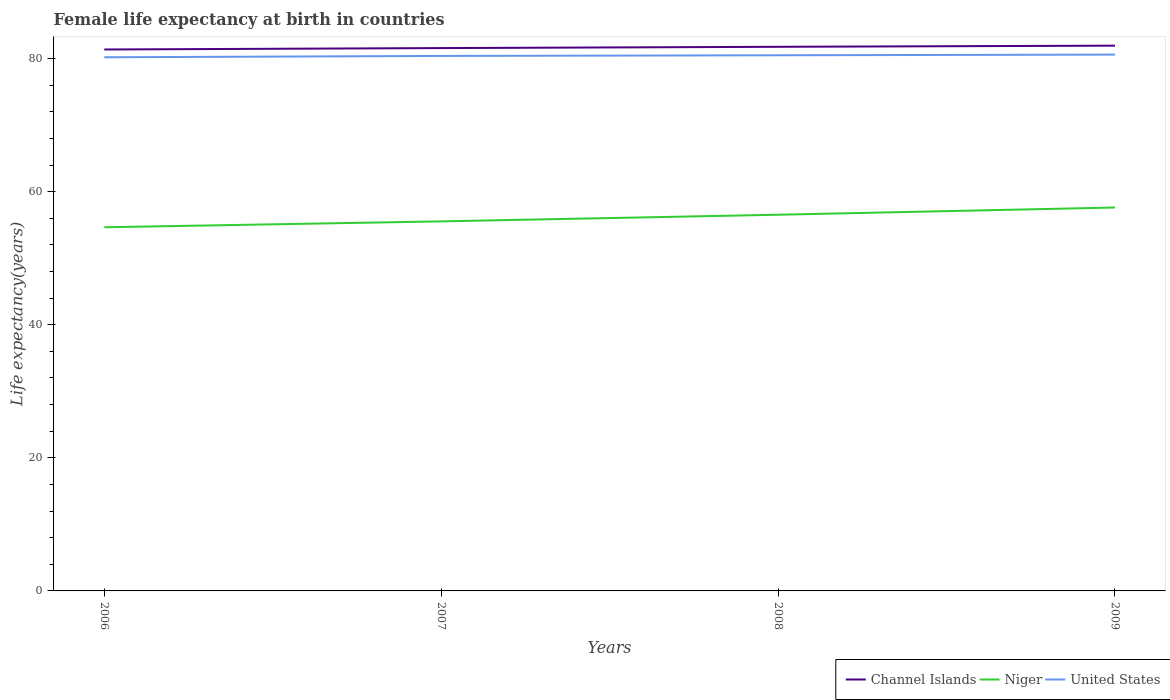
| Years | Channel Islands | Niger | United States |
 | --- | --- | --- | --- |
 | 2006 | 81.4 | 54.7 | 80.2 |
 | 2007 | 81.6 | 55.5 | 80.4 |
 | 2008 | 81.8 | 56.5 | 80.5 |
 | 2009 | 81.9 | 57.6 | 80.6 |